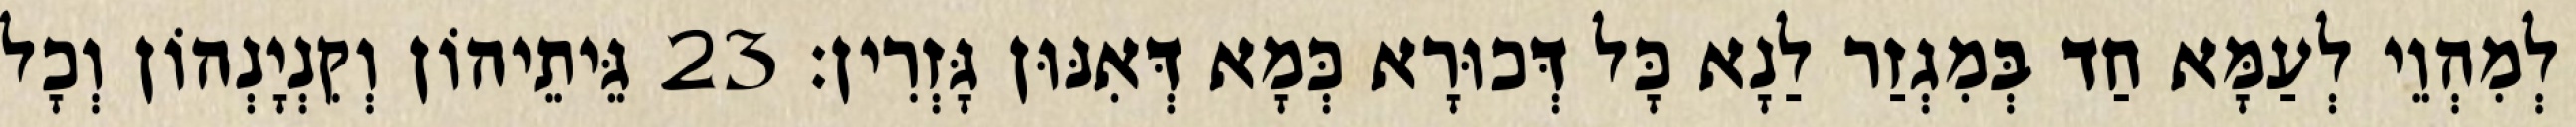
לְמִהְוֵי לְעַמָּא חַד בְּמִגְזַר לַנָא כָּל דְּכוּרָא כְּמָא דְּאִנּוּן גָּזְרִין׃ 23 גֵּיתֵיהוֹן וְקִנְיָנְהוֹן וְכָל